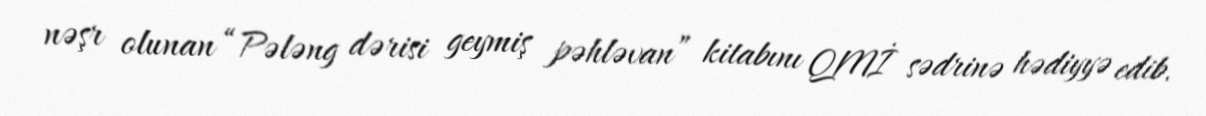
nəşr olunan “Pələng dərisi geymiş pəhləvan” kitabını QMİ sədrinə hədiyyə edib.